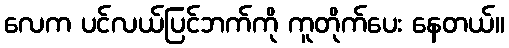
လေက ပင်လယ်ပြင်ဘက်ကို ကူတိုက်ပေး နေတယ်။